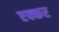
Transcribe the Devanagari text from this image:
एक्कर